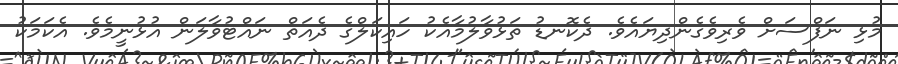
މުޅި ނަފްސަށް ވެރިވެގެންދިޔައެވެ. ދެކޮނޑު ތަޅުވާލުމާއެކު ހައިކަލްގެ ދެއަތް ނައްޓުވާލަން އުޅުނީމެވެ. އެކަމަކު